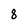
Character: 8